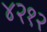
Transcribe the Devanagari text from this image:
४२१२